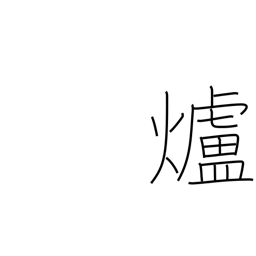
Meaning: fireplace